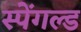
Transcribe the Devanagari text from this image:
स्पेंगल्ड